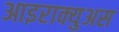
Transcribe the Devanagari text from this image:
आइराक्युअस